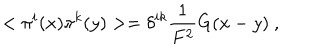
< \pi ^ { i } ( x ) \pi ^ { k } ( y ) > = \delta ^ { i k } \frac { 1 } { F ^ { 2 } } G ( x - y ) \ ,